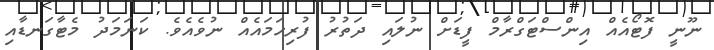
ނޫނީ ފޮޓޯއެއް އިންސްޓަގްރާމް ފީޑަށް ނުލައި ދަތުރު ފުރިހަމައެއް ނުވެއެވެ. ކަނަމަދު މެޓާގަނޑާއި